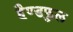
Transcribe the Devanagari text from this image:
हैण्डफुल